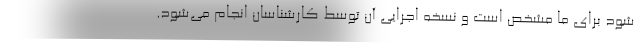
شود برای ما مشخص است و نسخه اجرایی آن توسط کارشناسان انجام می‌شود.